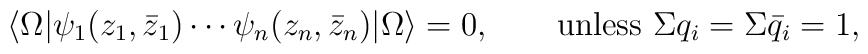
\langle\Omega| \psi_1(z_1,\bar z_1)\cdots\psi_n(z_n,\bar z_n)  |\Omega\rangle = 0,   \qquad  \textrm{unless $\Sigma q_i=\Sigma \bar{q}_i=1$},